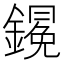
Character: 𨬋